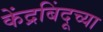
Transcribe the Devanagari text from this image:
केंद्रबिंदूच्या